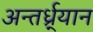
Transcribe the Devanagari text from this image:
अन्तर्ध्र्यान